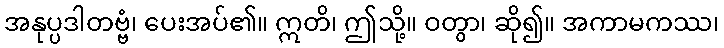
အနုပ္ပဒါတဗ္ဗံ၊ ပေးအပ်၏။ ဣတိ၊ ဤသို့။ ဝတွာ၊ ဆို၍။ အကာမကဿ၊